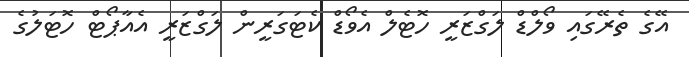
އޭގެ ތެރޭގައި ވޯލްޑް ލަގްޒަރީ ހޮޓެލް އެވޯޑް ކެޓަގަރީން ލަގްޒަރީ އެއާޕޯޓް ހޮޓަލުގެ